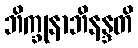
ဘိက္ခုနာဘိနန္ဒတိ